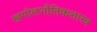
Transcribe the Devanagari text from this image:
खगोलभौतिकशास्त्र